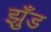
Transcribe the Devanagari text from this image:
झुँड